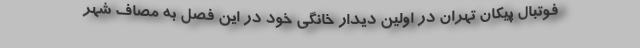
فوتبال پیکان تهران در اولین دیدار خانگی خود در این فصل به مصاف شهر